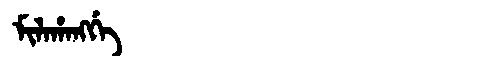
Manchu: ᠮᡳᠯᠠᡥᠠᠩᡤᡝ
Romanization: MILAHANGGE